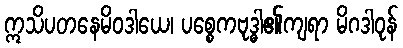
ဣသိပတနေမိဝဒါယေ၊ ပစ္စေကဗုဒ္ဓါ၏ကျရာ မိဂဒါဝုန်